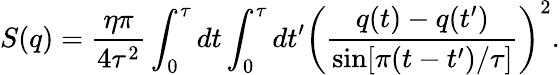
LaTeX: S(q)=\frac{\eta\pi}{4\tau^{2}}\int_{0}^{\tau}dt\int_{0}^{\tau}dt^{\prime}\left(\frac{q(t)-q(t^{\prime})}{\sin[\pi(t-t^{\prime})/\tau]}\right)^{2}.